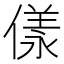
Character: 𠍵